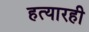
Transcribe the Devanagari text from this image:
हत्यारही